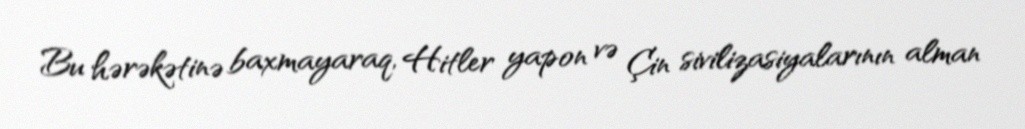
Bu hərəkətinə baxmayaraq, Hitler yapon və Çin sivilizasiyalarının alman